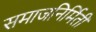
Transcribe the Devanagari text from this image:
समाजनिर्मिती